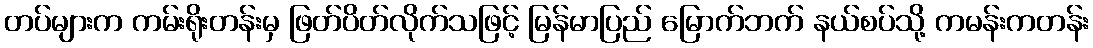
တပ်များက ကမ်းရိုးတန်းမှ ဖြတ်ပိတ်လိုက်သဖြင့် မြန်မာပြည် မြောက်ဘက် နယ်စပ်သို့ ကမန်းကတန်း